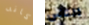
كانه الناس